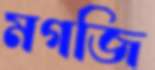
মগজি